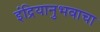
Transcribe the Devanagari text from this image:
इंद्रियानुभवाचा